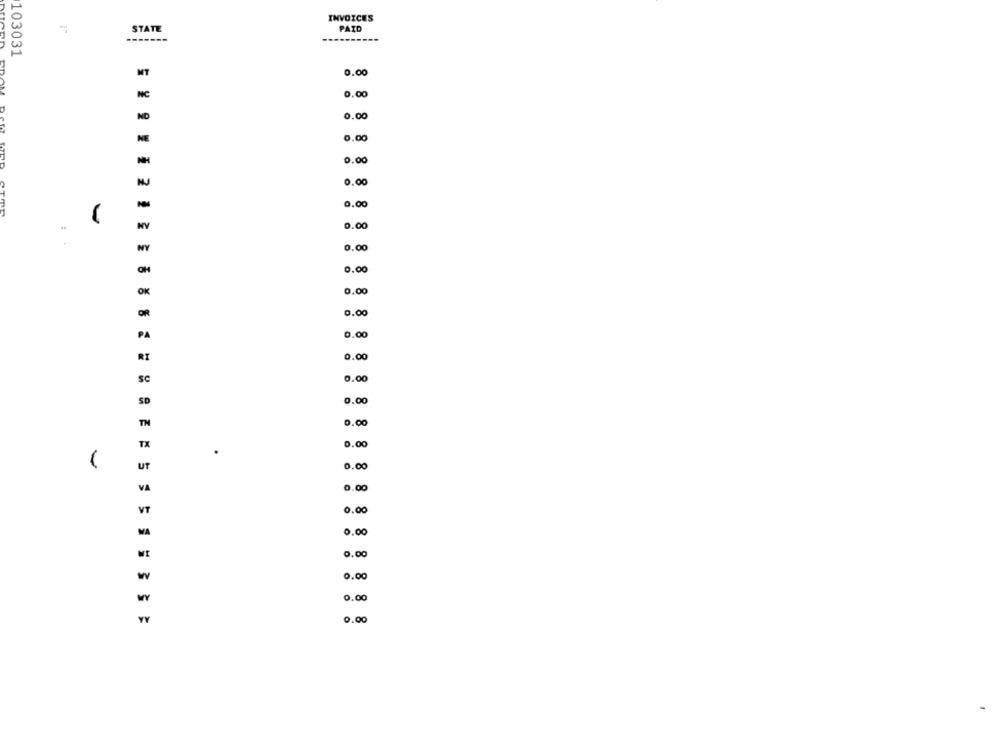
INVOICES
STATE
PAID
103031
MT
0.00
NC
0.00
ND
0.00
1.00
NE
0.00
NH
0.00
MJ
0.00
NY
0.00
0.00
OH
0.00
OK
1.00
OR
0.00
PA
1.00
RI
0.00
sc
0.00
0.00
0.00
TH
0.00
TX
.
0.00
UT
VA
0.00
VT
0.00
MA
0.00
0.00
w
0.00
0.00
YY
0.00